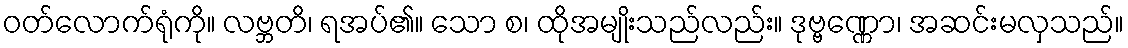
ဝတ်လောက်ရုံကို။ လဗ္ဘတိ၊ ရအပ်၏။ သော စ၊ ထိုအမျိုးသည်လည်း။ ဒုဗ္ဗဏ္ဏော၊ အဆင်းမလှသည်။